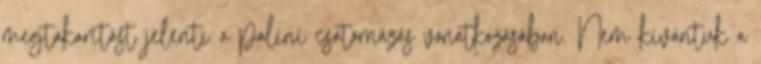
megtakarítást jelenti a palini csatornázás vonatkozásában. Nem kívántuk a